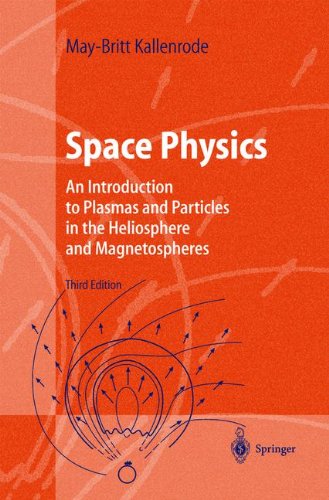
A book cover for Space Physics: An Introduction to Plasmas and Particles in the Heliosphere and Magnetospheres (Advanced Texts in Physics); May-Britt Kallenrode; Science & Math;